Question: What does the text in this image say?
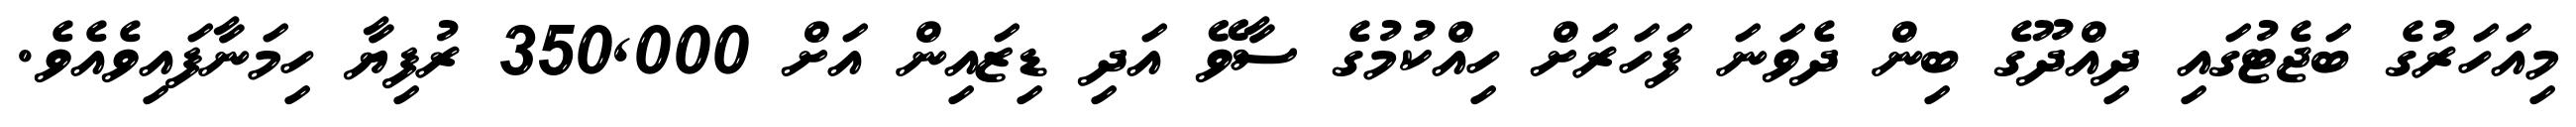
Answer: މިއަހަރުގެ ބަޖެޓުގައި ދިއްދޫގެ ބިން ދެވަނަ ފަހަރަށް ހިއްކުމުގެ ސާވޭ އަދި ޑިޒައިން އަށް 350,000 ރުފިޔާ ހިމަނާފައިވެއެވެ.